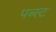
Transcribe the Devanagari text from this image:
पब्स्ट